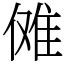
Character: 傩